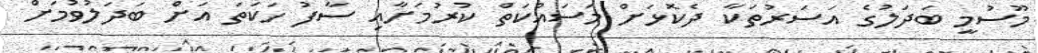
މޫސުމީ ބަދަލުގެ އަސަރުތަކާ ދެކޮޅަށް މަސައްކަތް ކުރުމަށާއި ސާފު ހަކަތަ އަށް ބަދަލުވުމަށް